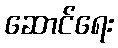
ဆောင်ရေး